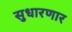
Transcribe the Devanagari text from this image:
सुधारणार